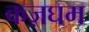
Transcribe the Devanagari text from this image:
कज़घम